Vaccination in Burma 1889-1999 - 1889-1999
Year: 1889
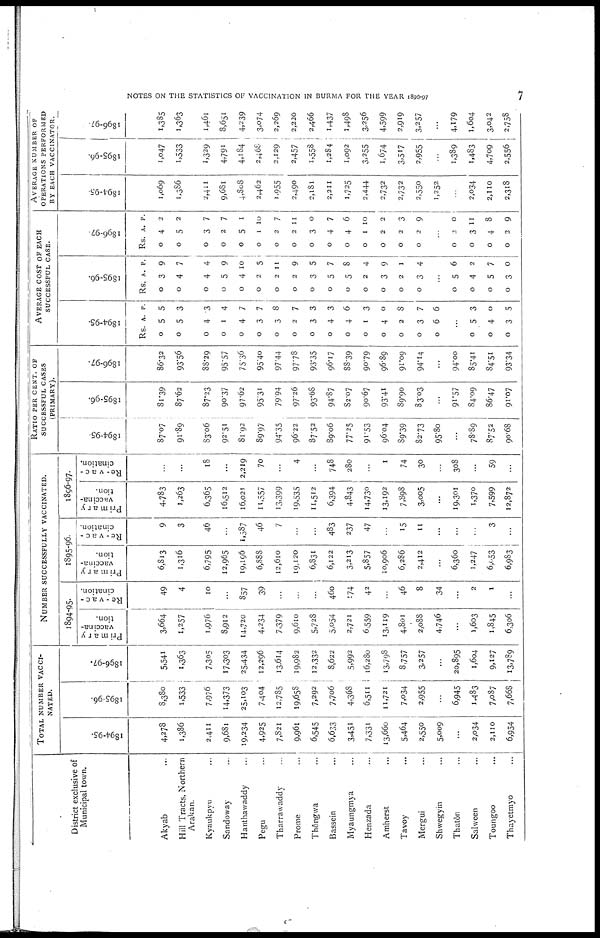
NOTES ON THE STATISTICS OF VACCINATION IN BURMA FOR THE YEAR 1896-97
7
District exclusive of
Municipal town.
Akyab ...
Hill Tracts, Northern
Arakan.
Kyaukpyu ...
Sandoway ...
Hanthawaddy ...
Pegu ...
Tharrawaddy ...
Prome ...
Thôngwa ...
Bassein ...
Myaungmya ...
Henzada ...
Amherst ...
Tavoy ...
Mergui ...
Shwegyin ...
Thatôn
Salween ...
Toungoo ...
Thayetmyo ...
TOTAL NUMBER VACCI-
-----.
1894-95.
4,278
1,386
2,411
9,681
19,234
4,925
7,821
9,961
6,545
6,633
3,451
7,331
13,660
5,464
2,550
5,009
...
2,034
2,110
6,954
1895-96.
8,380
1,533
7,976
14,373
25,103
7,404
12,785
19,658
7,292
7,706
4,368
6,511
11,721
7,034
2,955
...
6,945
1,483
7,087
7,668
1896-97.
5,541
1,363
7,305
17,303
25,434
12,296
13,614
19,982
12,332
8,622
5,992
16,280
13,798
8,757
3,257
...
20,895
1,604
9,127
13,789
NUMBER SUCCESSFULLY VACCINATED.
1894-95.
Primary
vaccina-
tion.
3,664
1,257
1,976
8,912
14,720
4,234
7,379
9,610
5,728
5,054
2,721
6,559
13,119
4,801
2,088
4,746
...
1,603
1,845
6,306
Re-vac-
cination.
49
4
10
...
857
39
...
...
...
460
174
42
...
46
8
34
...
2
1
...
1895-96.
Primary
vaccina-
tion.
6,813
1,316
6,795
12,965
19,196
6,888
12,610
19,120
6,831
6,122
3,213
5,857
10,906
6,286
2,412
...
6,360
1,247
6,053
6,983
Re-vac-
cination.
9
3
46
...
1,587
46
7
...
...
483
237
47
...
15
11
...
...
...
3
...
1896-97.
Primary
vaccina-
tion.
4,783
1,263
6,365
16,512
16,021
11,557
13,399
19,535
11,512
6,394
4,843
14,730
13,192
7,898
3,005
...
19,301
1,370
7,599
12,872
Re-vac-
cination.
...
...
18
...
2,219
70
...
4
...
748
280
...
1
74
30
...
308
...
59
...
RATIO PER CENT.OF
SUCCESSFUL CASES
(PRIMARY).
1894-95.
87.07
91.89
83.06
92.51
81.92
89.97
94.35
96.22
87.52
89.06
77.25
91.53
96.04
89.39
82.73
95.80
...
78.89
87.52
90.68
1895-96.
81.39
87.62
87.23
90.37
97.62
95.31
79.94
97.26
93.68
94.87
82.07
90.67
93.41
89.90
83.03
...
91.57
84.09
86.47
91.07
1896-97.
86.32
93.56
88.29
95.57
75.36
95.40
97.44
97.78
93.35
96.17
88.39
90.79
96.89
91.09
94.14
...
94.00
85.41
84.51
93.34
AVERAGE COST OF EACH
SUCCESSFUL CASE.
1894-95.
Rs.
0
0
0
0
0
0
0
0
0
0
0
0
0
0
0
0
A.
5
5
4
1
4
3
3
2
3
4
4
1
4
2
3
6
P.
5
3
3
4
7
7
8
7
3
3
6
3
0
8
7
6
...
0
0
0
5
4
3
3
0
5
1895-96.
Rs.
0
0
0
0
0
0
0
0
0
0
0
0
0
0
0
A.
3
4
4
5
4
2
2
2
3
5
5
2
3
2
3
P.
9
7
4
9
10
5
11
9
5
7
8
4
9
1
4
...
0
0
0
0
5
4
5
3
6
2
7
0
1896-97.
Rs
0
0
0
0
0
0
0
0
0
0
0
0
0
0
0
A.
4
5
3
2
5
1
2
2
3
4
4
1
2
2
2
P.
2
2
7
7
1
10
7
11
0
7
6
10
2
0
9
...
0
0
0
0
2
3
4
2
0
11
8
9
AVERAGE NUMBER OF
OPERATIONS PERFORMED
BY EACH VACCINATOR.
1894-95.
1,069
1,386
2,411
9,681
4,808
2,462
1,955
2,490
2,181
2,211
1,725
2,444
2,732
2,732
2,550
1,252
...
2,034
2,110
2,318
1895-96.
1,047
1,533
1,329
4,791
4,184
2,468
2,129
2,457
1,558
1,284
1,092
3,255
1,674
3,517
2,955
...
1,389
1,483
4,709
2,556
1896-97.
1,385
1,363
1,461
8,651
4,239
3,074
2,269
2,220
2,466
1,437
1,498
3,256
4,599
2,919
3,257
...
4,179
1,604
3,042
2,758